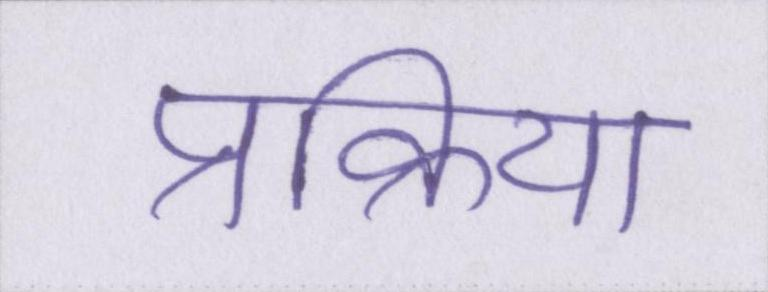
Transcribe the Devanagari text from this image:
प्रक्रिया